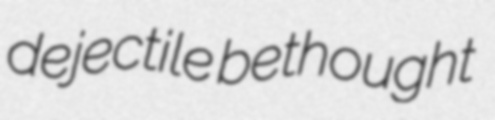
dejectile bethought